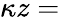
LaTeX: \kappa z=